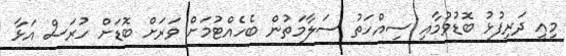
މިއީ ދަރިފުޅު ބޮޑުވުމާއި ސިއްހަތު ސަލާމަތުން ބެހެއްޓުމަށް ވަރަށް ބޮޑަށް ހުރަސް އަޅާ